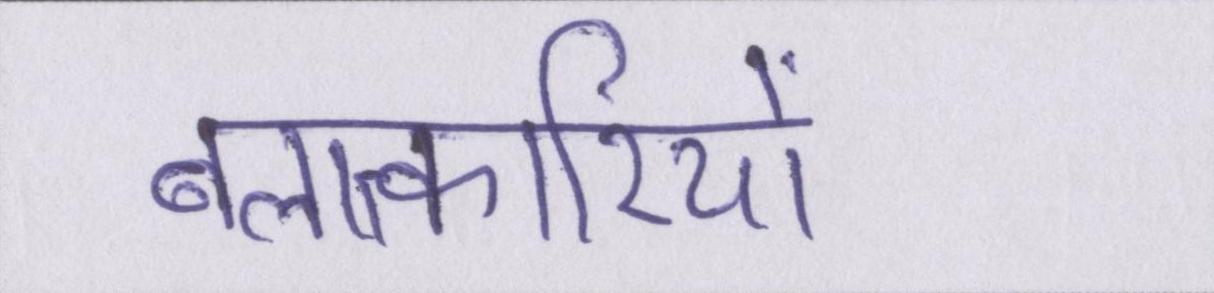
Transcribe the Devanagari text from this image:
बलात्कारियों